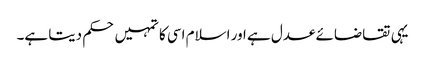
یہی تقاضائے عدل ہے اور اسلام اسی کا تمہیں حکم دیتا ہے۔